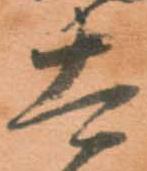
太